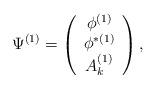
LaTeX: \begin{align*}\Psi^{(1)} = \left(\begin{array}{c} \phi^{(1)} \\ \phi^{\ast (1)} \\ A_{k}^{(1)} \end{array} \right),\end{align*}